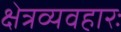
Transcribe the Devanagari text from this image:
क्षेत्रव्यवहारः